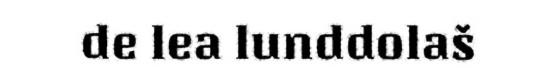
de lea lunddolaš